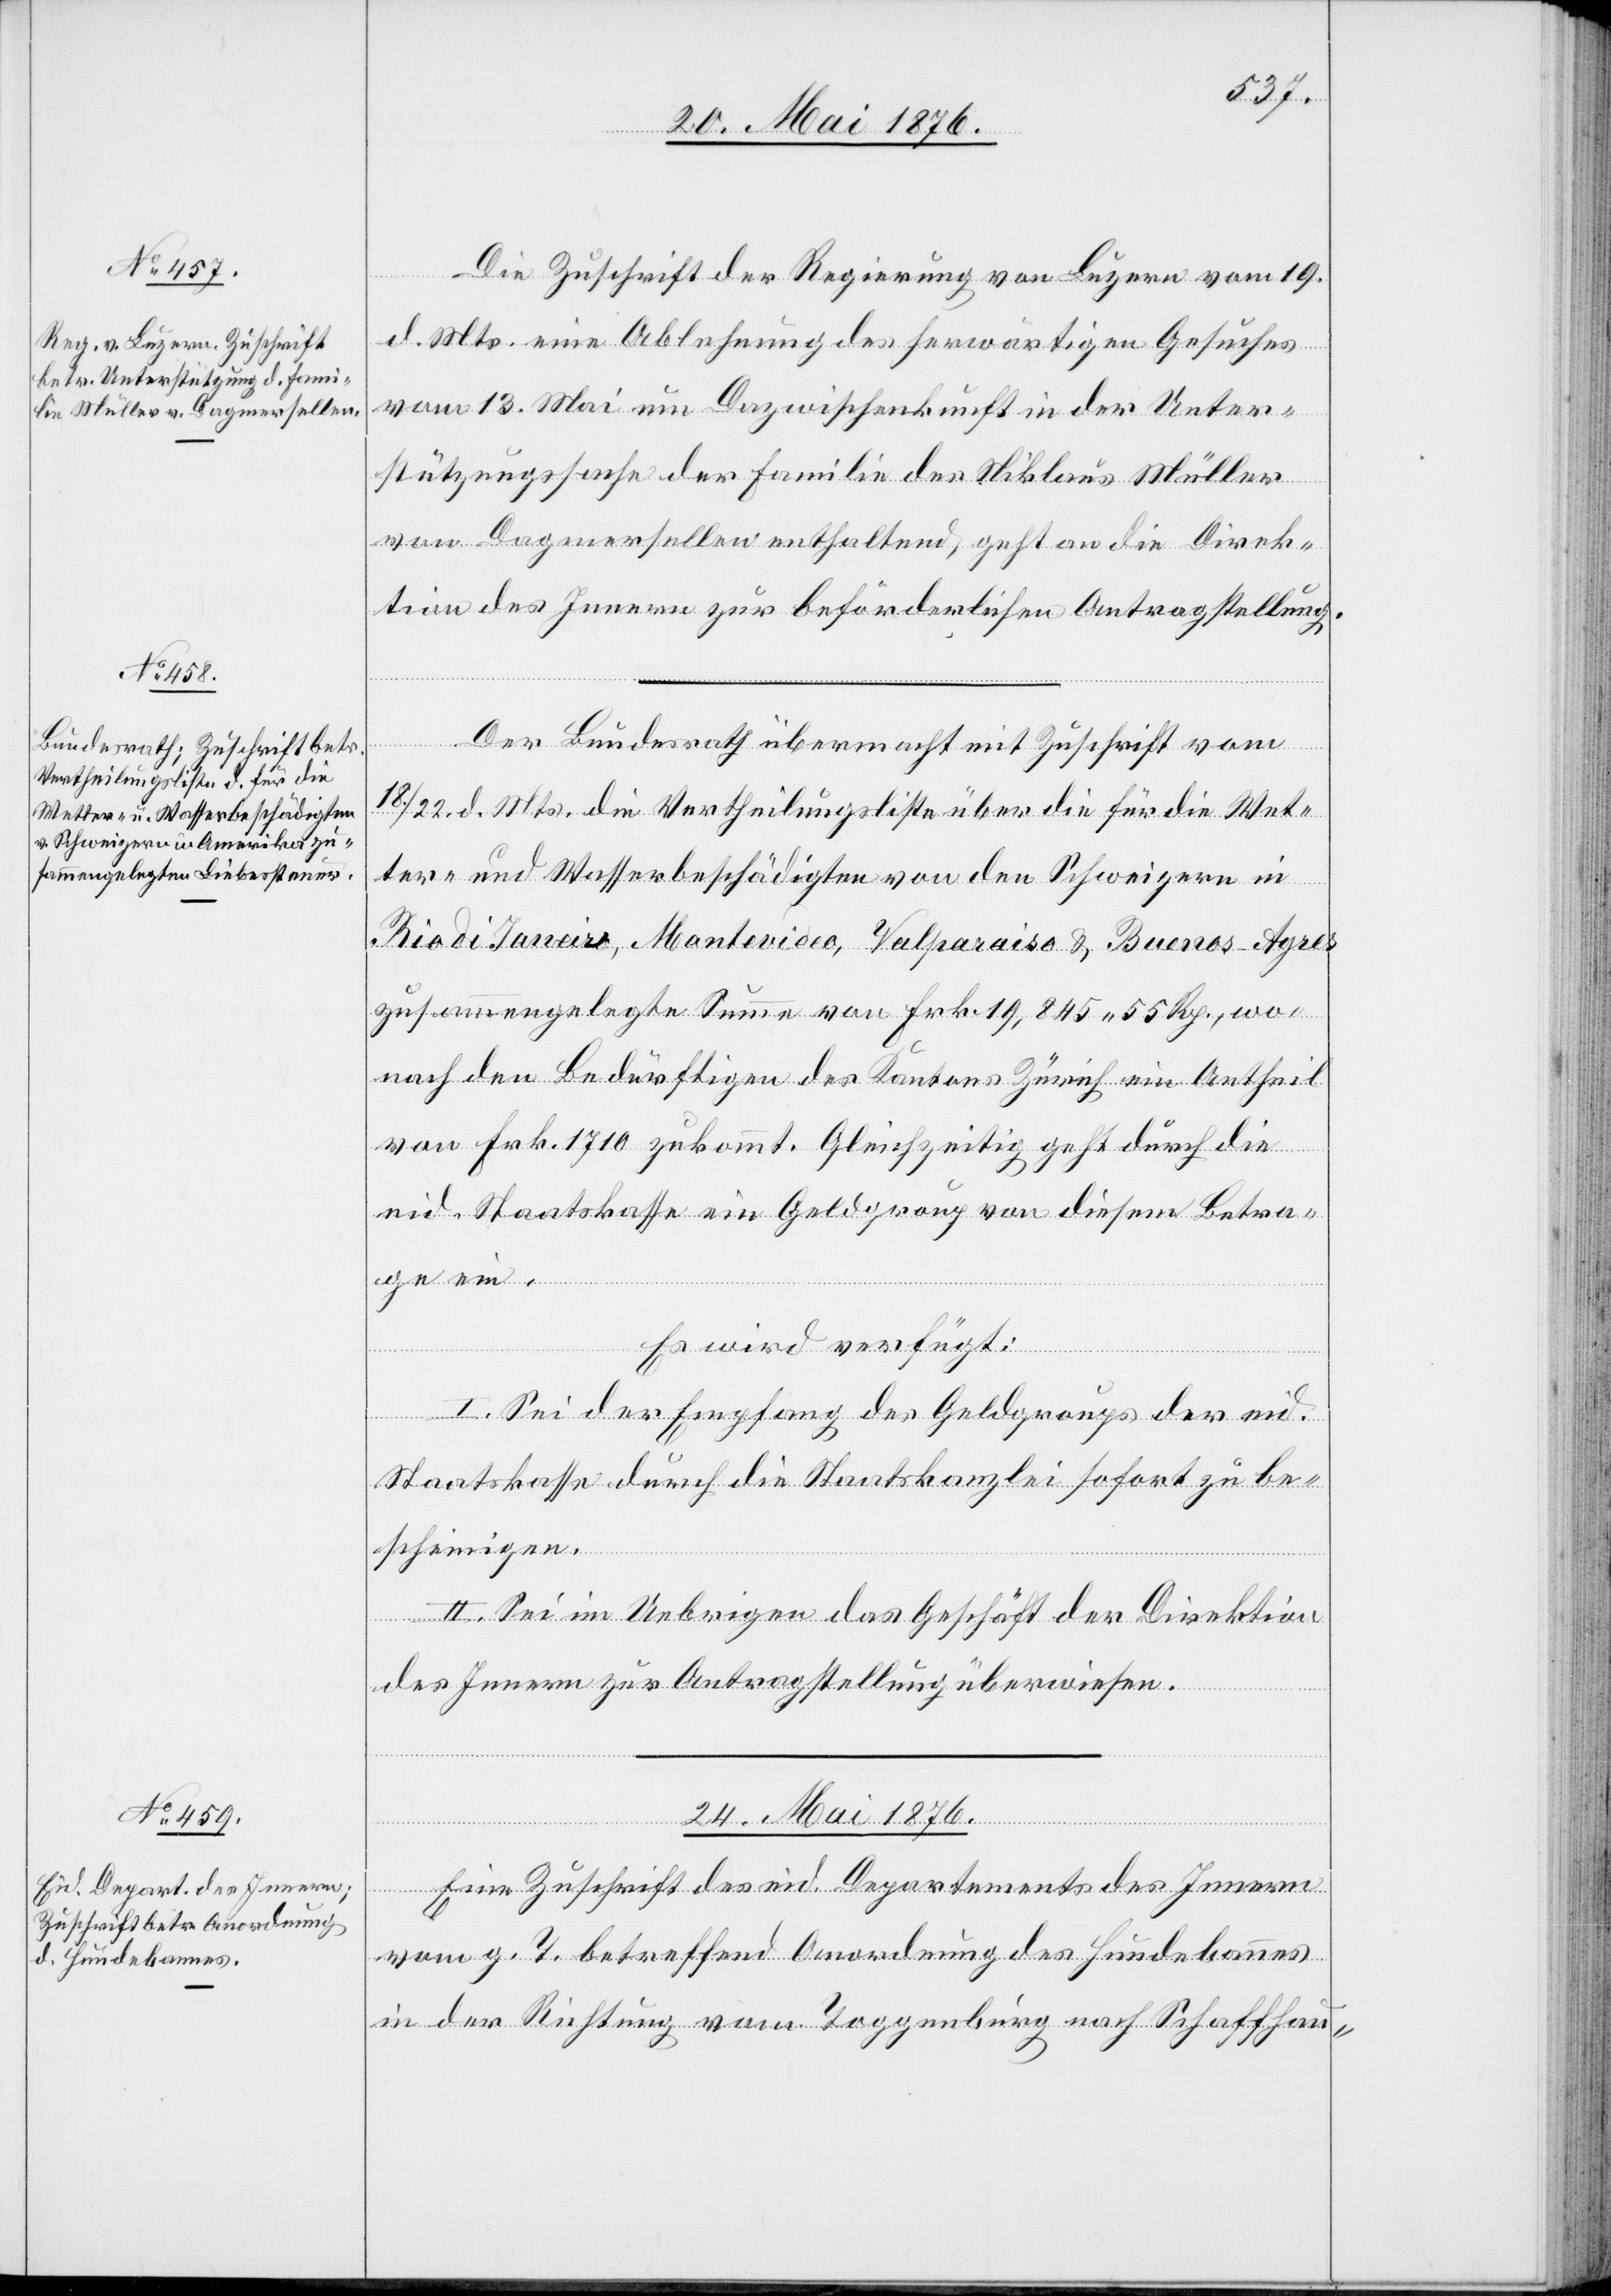
23. Mai 1876.]
Die Zuschrift der Regierung von Luzern vom 19.
d. Mts. eine Ablehnung des herwärtigen Gesuches
vom 13. Mai um Dazwischenkunft in der Unter¬
stützungssache der Familie des Niklaus Müller
von Dagmersellen enthaltend, geht an die Direk¬
tion des Innern zur beförderlichen Antragstellung.
Der Bundesrath übermacht mit Zuschrift vom
18./22. d. Mts. die Vertheilungsliste über die für die Wet¬
ter- und Wasserbeschädigten von den Schweizern in
Rio di Janeiro, Montevideo, Valparaiso & Buenos-Ayres
zusammengelegte Summa von Frk. 19,845 55 Rp., wo¬
nach den Bedürftigen des Kantons Zürich ein Antheil
von Frk. 1710 zukommt. Gleichzeitig geht durch die
eid. Staatskasse ein Geldgroup von diesem Betra¬
Es wird verfügt:
ge ein.
I. Sei der Empfang des Geldgroups der eid.
Staatskasse durch die Staatskanzlei sofort zu be¬
scheinigen.
II. Sei im Uebrigen das Geschäft der Direktion
des Innern zur Antragstellung überwiesen.
24. Mai 1876.
Eine Zuschrift des eid. Departements des Innern
vom g. T. betreffend Anordnung des Hundebannes
in der Richtung vom Toggenburg nach Schaffhau-